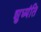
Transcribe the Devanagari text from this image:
शुध्यंति